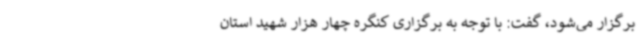
برگزار می‌شود، گفت: با توجه به برگزاری کنگره چهار هزار شهید استان